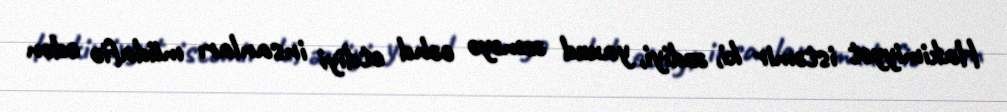
Hakimiyyət istəmir ki, əzdiyi, yaxud əzməyə cəhd etdiyi insanları müdafiə edən